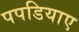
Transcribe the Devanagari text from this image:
पपडियाए